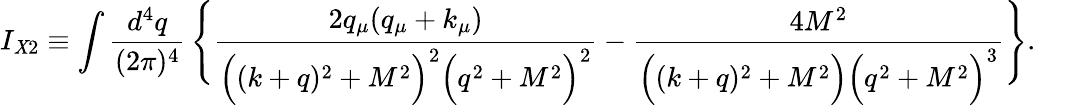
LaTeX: I_{\mathit{X}2}\equiv\int\frac{{d^{4}q}}{{(2\pi)^{4}}}\, \Bigg\{ \frac{{2q_{\mu}(q_{\mu}+k_{\mu})}}{{\Big((k+q)^{2}+M^{2}\Big)^{2}\Big(q^{2}+M^{2}\Big)^{2}}}-\frac{{4M^{2}}}{{\Big((k+q)^{2}+M^{2}\Big)\Big(q^{2}+M^{2}\Big)^{3}}}\Bigg\} .\qquad